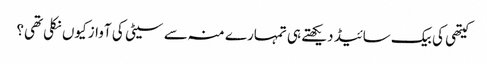
کیتھی کی بیک سائیڈ دیکھتے ہی تمہارے منہ سے سیٹی کی آواز کیوں نکلی تھی؟